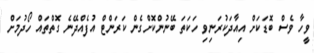
ވީހާ ވެސް ބޮޑަކަށް އިއާދަކުރަނިވި ހަކަތަ ބޭނުންކޮށްގެން ކަރަންޓް އުފެއްދޭނެ ގޮތްތައް ހޯދުމަށް